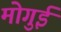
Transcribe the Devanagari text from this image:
मोगुई